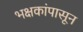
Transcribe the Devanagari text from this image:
भक्षकांपासून